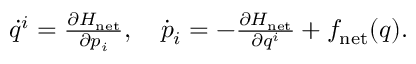
\begin{array} { r } { \begin{array} { r } { \dot { q } ^ { i } = \frac { \partial H _ { \mathrm { n e t } } } { \partial p _ { i } } , \quad \dot { p } _ { i } = - \frac { \partial H _ { \mathrm { n e t } } } { \partial q ^ { i } } + f _ { \mathrm { n e t } } ( q ) . } \end{array} } \end{array}